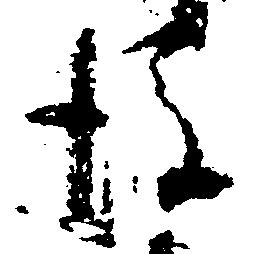
後